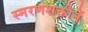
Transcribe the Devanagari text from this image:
स्मरणशक्तीनें